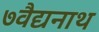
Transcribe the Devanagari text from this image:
७वैद्यनाथ